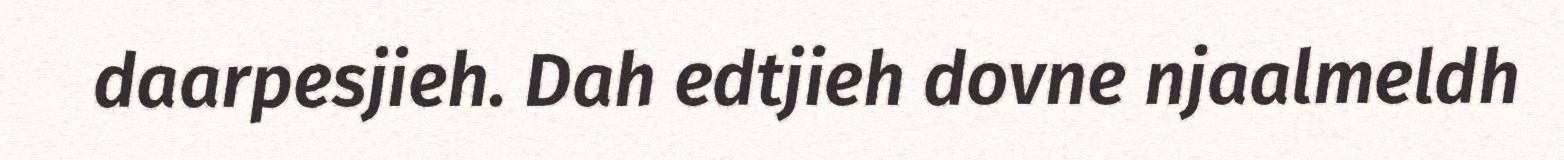
daarpesjieh. Dah edtjieh dovne njaalmeldh